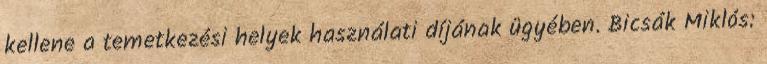
kellene a temetkezési helyek használati díjának ügyében. Bicsák Miklós: